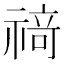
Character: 𰨌